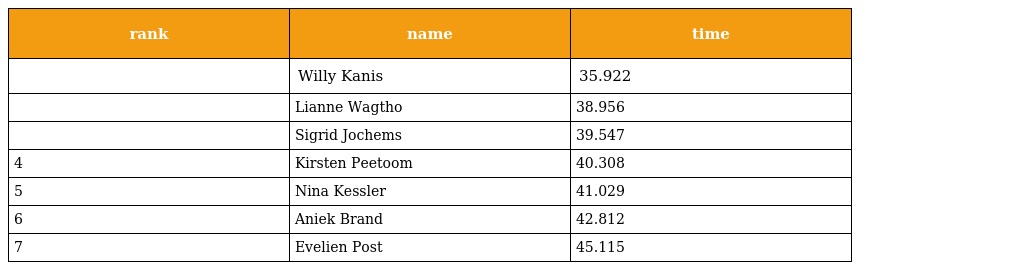
| rank | name | time |
 | --- | --- | --- |
 |  | Willy Kanis | 35.922 |
 |  | Lianne Wagtho | 38.956 |
 |  | Sigrid Jochems | 39.547 |
 | 4 | Kirsten Peetoom | 40.308 |
 | 5 | Nina Kessler | 41.029 |
 | 6 | Aniek Brand | 42.812 |
 | 7 | Evelien Post | 45.115 |